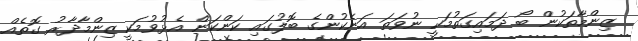
ޒިންމާތަކުން ބޯ ދަމައިގަތުމަކީ ނުވަތަ އަނެކުންގެ ބޮލުގައި ކަންކަން އެޅުވުމަކީ ޒިންމާދާރު ގޮތެއް